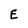
Character: E